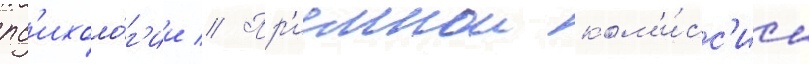
пс'ихоло́г'ии // Пр'иемнои ком'и́сс'ии